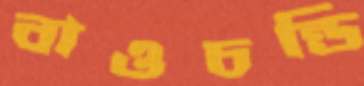
বাওচন্ডি